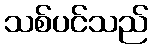
သစ်ပင်သည်